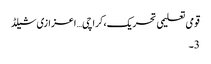
قومی تعلیمی تحریک،کراچی… اعزازی شیلڈ
3۔